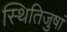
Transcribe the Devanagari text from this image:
स्थितिजुषां